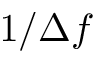
1 / \Delta f